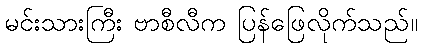
မင်းသားကြီး ဗာစီလီက ပြန်ဖြေလိုက်သည်။